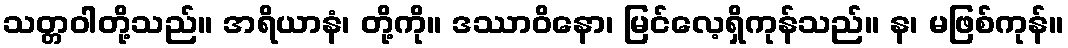
သတ္တဝါတို့သည်။ အရိယာနံ၊ တို့ကို။ ဒဿာဝိနော၊ မြင်လေ့ရှိကုန်သည်။ န၊ မဖြစ်ကုန်။